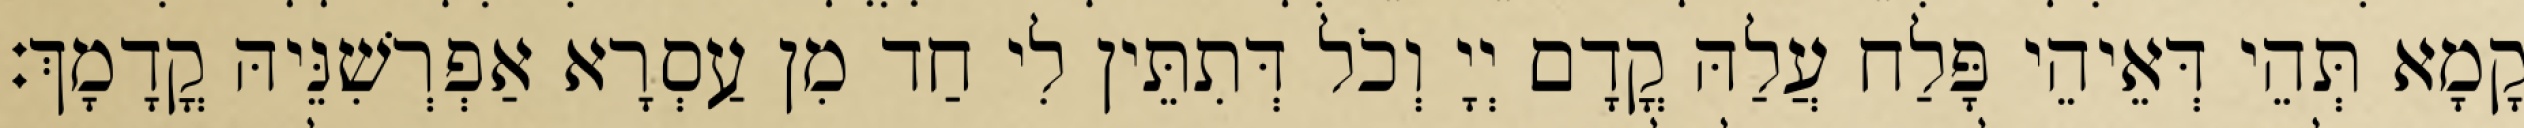
קָמָא תְּהֵי דְּאֵיהֵי פָּלַח עֲלַהּ קֳדָם יְיָ וְכֹל דְּתִתֵּין לִי חַד מִן עַסְרָא אַפְרְשִׁנֵּיהּ קֳדָמָךְ׃